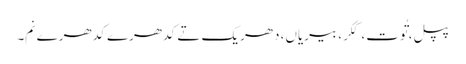
پپل، تُوت، کِکر، بیریاں، دھریک تے کدھرے کدھرے نِم۔